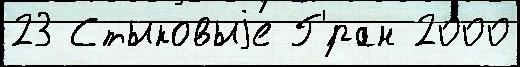
23 Стыковыjе Г'́ран 2000